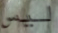
ليس